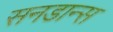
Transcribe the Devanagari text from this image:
सनडान्स